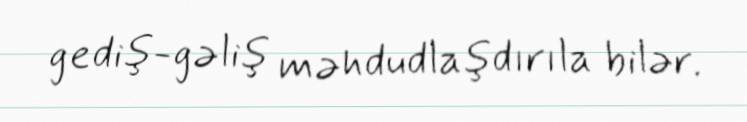
gediş-gəliş məhdudlaşdırıla bilər.